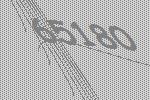
65180